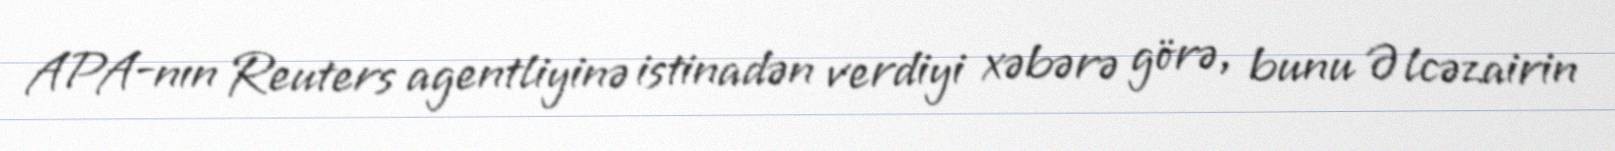
APA-nın Reuters agentliyinə istinadən verdiyi xəbərə görə, bunu Əlcəzairin